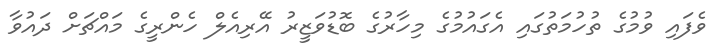
ވެފައި ވުމުގެ ތުހުމަތުގައި އެގައުމުގެ މިހާރުގެ ބޮޑުވަޒީރު އޭރިއެލް ހެންރީގެ މައްޗަށް ދައުވާ